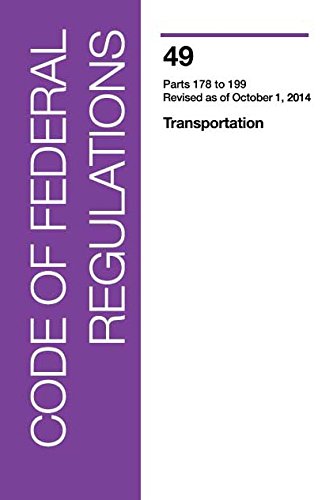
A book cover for Code of Federal Regulations, Title 49, Transportation, Pt. 178-199, Revised as of October 1, 2014; Law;